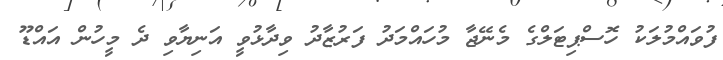
ފުވައްމުލަކު ހޮސްޕިޓަލްގެ މެނޭޖާ މުހައްމަދު ފަރުޒާދު ވިދާޅުވީ އަނިޔާވި ދެ މީހުން އައްޑޫ